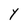
Character: Y